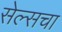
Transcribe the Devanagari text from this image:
सेल्सचा